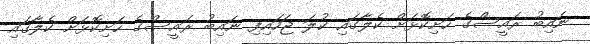
ނައިބު ރައީސްގެ ހަށިކޮޅަށް ކެލާގައި ކުލަ ޖަހައިފި ނައިބު ރައީސްގެ ހަށިކޮޅަށް ކެލާގައި